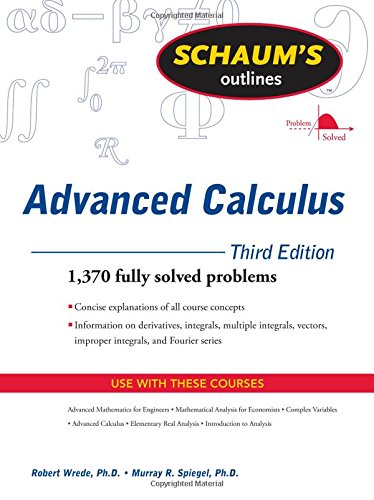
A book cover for Schaum's Outline of Advanced Calculus, Third Edition (Schaum's Outlines); Robert Wrede; Science & Math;